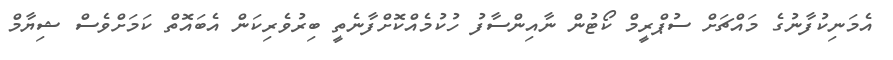
އެމަނިކުފާނުގެ މައްޗަށް ސުޕްރީމް ކޯޓުން ނާއިންސާފު ހުކުމެއްކޮށްފާނެތީ ބިރުވެރިކަން އެބައޮތް ކަމަށްވެސް ޝިޔާމް